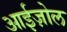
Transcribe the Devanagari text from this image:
आईज़ोल